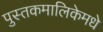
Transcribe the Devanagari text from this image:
पुस्तकमालिकेमधे